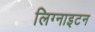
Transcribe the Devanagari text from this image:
लिग्नाइटन